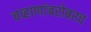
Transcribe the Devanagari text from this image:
चव्हाणांबरोबरच